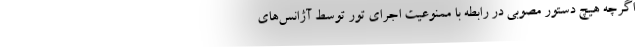
اگرچه هیچ دستور مصوبی در رابطه با ممنوعیت اجرای تور توسط آژانس‌های